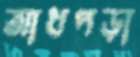
আধপড়া